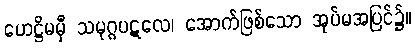
ဟေဋ္ဌိမမှီ သမုဂ္ဂပဋလေ၊ အောက်ဖြစ်သော အုပ်မအပြင်၌။